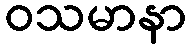
ဝသမာနာ